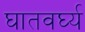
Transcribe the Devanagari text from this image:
घातवर्घ्य